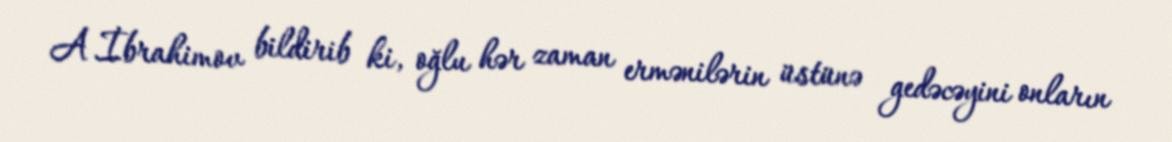
A.İbrahimov bildirib ki, oğlu hər zaman ermənilərin üstünə gedəcəyini onların